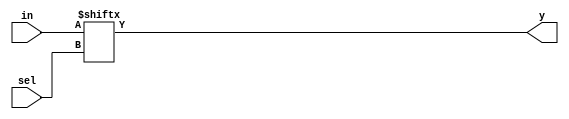
module mux( input [255:0] in,
            input [7:0] sel,
            output reg y
    );
    
    always @(*)
    y=in[sel];
    
endmodule